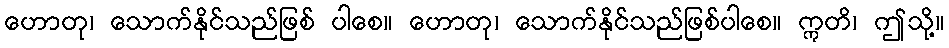
ဟောတု၊ သောက်နိုင်သည်ဖြစ် ပါစေ။ ဟောတု၊ သောက်နိုင်သည်ဖြစ်ပါစေ။ ဣတိ၊ ဤသို့။